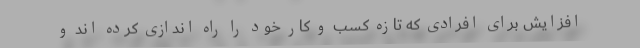
افزایش برای افرادی که تازه کسب و کار خود را راه اندازی کرده اند و